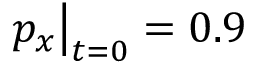
p _ { x } \big | _ { t = 0 } = 0 . 9